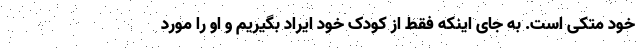
خود متکی است. به جای اینکه فقط از کودک خود ایراد بگیریم و او را مورد